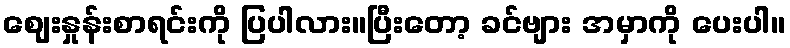
ဈေးနှုန်းစာရင်းကို ပြပါလား။ပြီးတော့ ခင်ဗျား အမှာကို ပေးပါ။